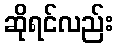
ဆိုရင်လည်း